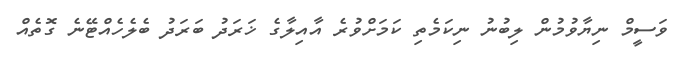
ވަސީމް ނިޔާވުމުން ލިބުނު ނިކަމެތި ކަމަށްވުރެ އާއިލާގެ ޚަރަދު ބަރަދު ބެލެހެއްޓޭނެ ގޮތެއް